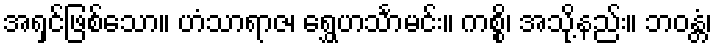
အရှင်ဖြစ်သော။ ဟံသာရာဇ၊ ရွှေဟင်္သာမင်း။ ကစ္စိ၊ အသို့နည်း။ ဘဝန္တံ၊